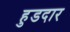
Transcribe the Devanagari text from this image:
हुडदार